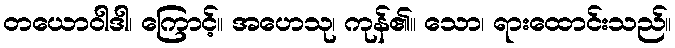
တယောဝါဒါ၊ ကြောင့်။ အဟေသု၊ ကုန်၏။ သော၊ ရားထောင်းသည်။